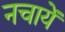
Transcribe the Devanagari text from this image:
नचायें